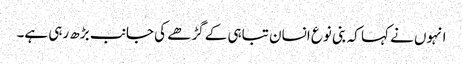
انہوں نے کہا کہ بنی نوع انسان تباہی کے گڑھے کی جانب بڑھ رہی ہے۔